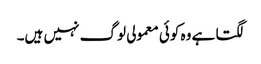
لگتا ہے وہ کوئی معمولی لوگ نہیں ہیں۔